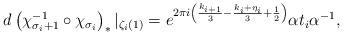
LaTeX: \begin{align*} d\left( \chi_{\sigma_i+1}^{-1} \circ \chi_{\sigma_i} \right)_* \vert_{\zeta_i(1)} = e^{2\pi i\left( \frac{k_{i+1}}{3} - \frac{k_i+\eta_i}{3} + \frac{1}{2} \right)}\alpha t_i\alpha^{-1}, \end{align*}